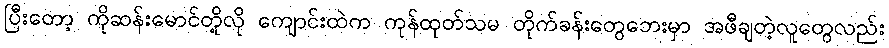
ပြီးတော့ ကိုဆန်းမောင်တို့လို ကျောင်းထဲက ကုန်ထုတ်သမ တိုက်ခန်းတွေဘေးမှာ အဖီချတဲ့လူတွေလည်း